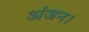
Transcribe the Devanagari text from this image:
अंजन।